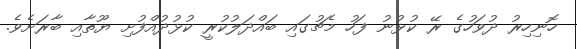
ހޮނިހިރު ދުވަހުގެ ރޭ ކުޅުނު ފަހު މެޗުގައި ބައްދަލުކުރީ ކުޅުދުއްފުށި ޔޫތާއި ބާރަށެވެ.